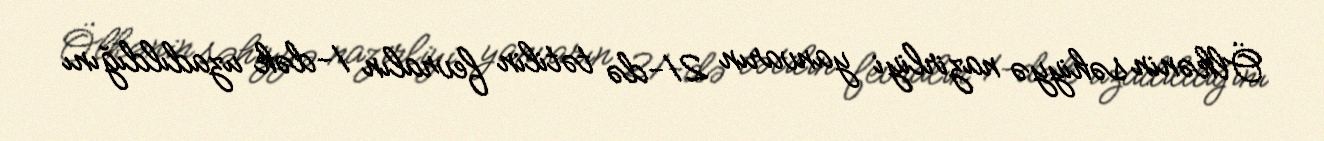
Ölkənin səhiyyə nazirliyi yanvarın 21-də tətilin fevralın 1-dək uzadıldığını